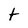
Character: T